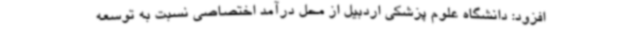
افزود: دانشگاه علوم پزشکی اردبیل از محل درآمد اختصاصی نسبت به توسعه